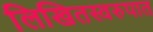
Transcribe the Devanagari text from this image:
लिखितस्वरुपात